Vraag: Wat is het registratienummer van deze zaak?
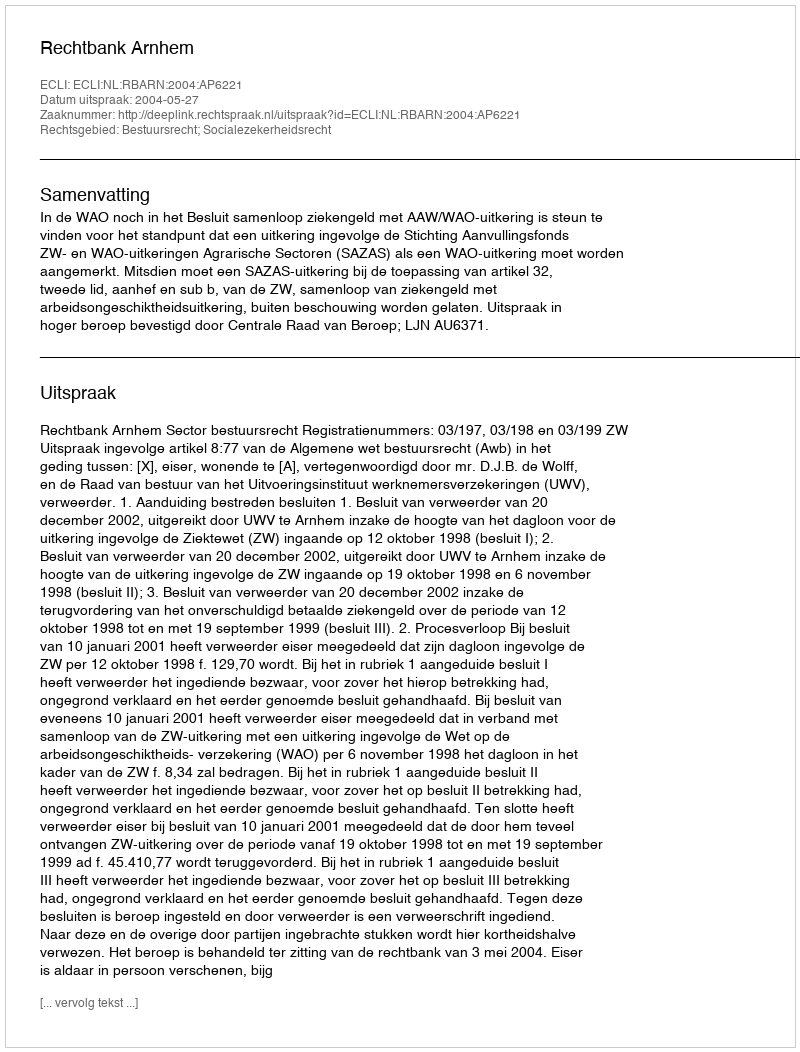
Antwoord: http://deeplink.rechtspraak.nl/uitspraak?id=ECLI:NL:RBARN:2004:AP6221